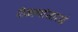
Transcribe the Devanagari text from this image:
ठिकाणांसारखे